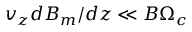
v _ { z } d B _ { m } / d z \ll B \Omega _ { c }